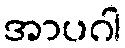
အာပဂါ